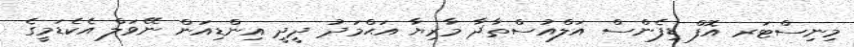
މިނިސްޓަރ އޮފް ޑިފެންސް އަލްއުސްތާޛާ މާރިޔާ އަޙްމަދު ދީދީ އިންޑިއަން ނޭވަލް އެކެޑަމީގެ